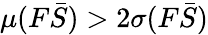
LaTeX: \mu(F\bar{S})>2\sigma(F\bar{S})